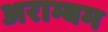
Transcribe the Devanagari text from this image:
अराम्बम